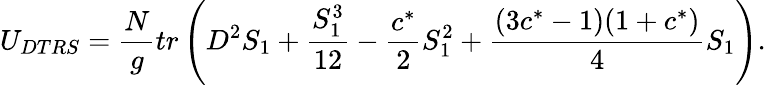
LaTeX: U_{DTRS}={\frac{N}{g}}tr\left(D^{2}S_{1}+{\frac{S_{1}^{3}}{12}}-{\frac{c^{*}}{2}}S_{1}^{2}+{\frac{(3c^{*}-1)(1+c^{*})}{4}}S_{1}\right).